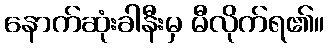
နောက်ဆုံးခါနီးမှ မီလိုက်ရ၏။